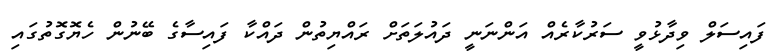
ފައިސަލް ވިދާޅުވީ ސަރުކާރެއް އަންނަނީ ދައުލަތަށް ރައްޔިތުން ދައްކާ ފައިސާގެ ބޭނުން ހެޔޮގޮތުގައި